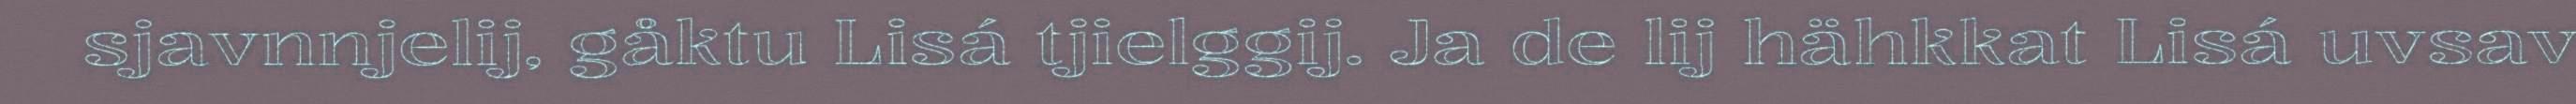
sjavnnjelij, gåktu Lisá tjielggij. Ja de lij hähkkat Lisá uvsav